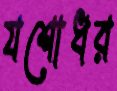
যশোধর